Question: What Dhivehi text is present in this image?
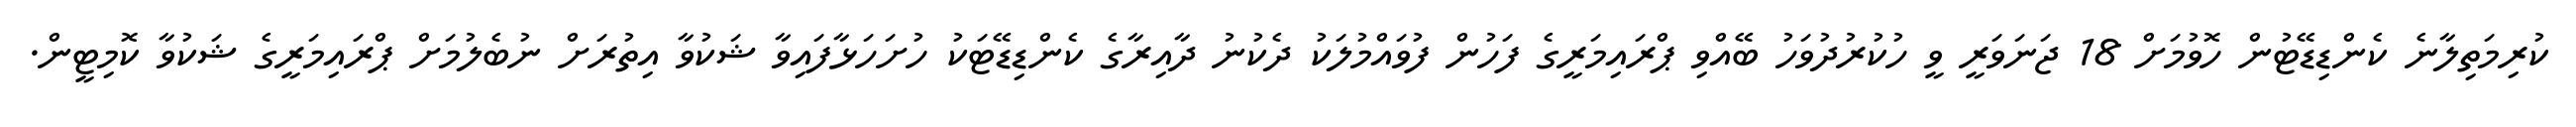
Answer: ކުރިމަތިލާނެ ކެންޑިޑޭޓުން ހޮވުމަށް 18 ޖަނަވަރީ ވީ ހުކުރުދުވަހު ބޭއްވި ޕްރައިމަރީގެ ފަހުން ފުވައްމުލަކު ދެކުނު ދާއިރާގެ ކެންޑިޑޭޓަކު ހުށަހަޅާފައިވާ ޝަކުވާ އިތުރަށް ނުބެލުމަށް ޕްރައިމަރީގެ ޝަކުވާ ކޮމިޓީން.